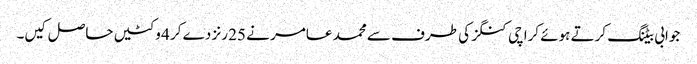
جوابی بیٹنگ کرتے ہوئے کراچی کنگز کی طرف سے محمد عامر نے 25 رنز دے کر 4 وکٹیں حاصل کیں۔